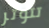
تتوتر